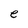
Character: e